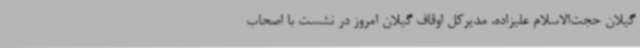
گیلان حجت‌الاسلام علیزاده، مدیرکل اوقاف گیلان امروز در نشست با اصحاب